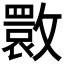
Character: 𭤌